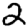
Digit: 2